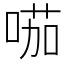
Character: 𠸏